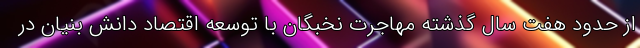
از حدود هفت سال گذشته مهاجرت نخبگان با توسعه اقتصاد دانش بنیان در